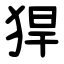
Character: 猂